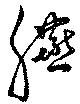
臙